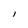
Character: l